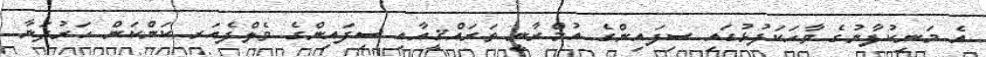
އެ މަނިކުފާނުގެ ވާހަކަފުޅުގައި ސިފައިންގެ އުމްރާނީ ތަރައްޤީއާއި ސިފައިންގެ ވެލްފެއަރ ކަންކަން ހަރުދަނާ